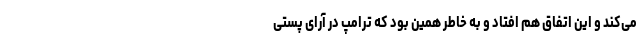
می‌کند و این اتفاق هم افتاد و به خاطر همین بود که ترامپ در آرای پُستی